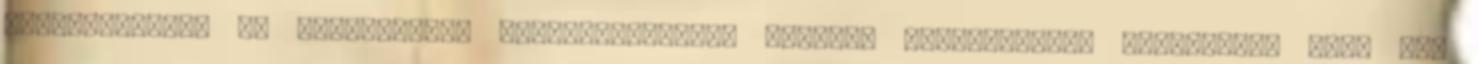
sárszegiektől és modorukban, viselkedésükben annyira hasonlítanak egymáshoz, mint egy